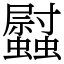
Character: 𧕈